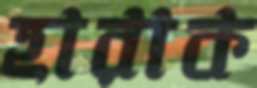
হারাক